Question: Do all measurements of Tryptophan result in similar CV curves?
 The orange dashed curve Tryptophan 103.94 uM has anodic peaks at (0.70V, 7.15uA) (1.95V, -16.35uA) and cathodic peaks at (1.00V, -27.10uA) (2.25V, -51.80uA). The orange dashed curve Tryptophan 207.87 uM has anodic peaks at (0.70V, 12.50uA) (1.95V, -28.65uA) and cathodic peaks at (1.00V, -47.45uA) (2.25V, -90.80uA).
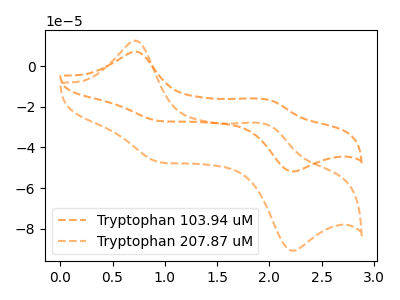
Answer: <think>All the peaks in "Tryptophan 103.94 uM" have a peak in "Tryptophan 207.87 uM" at the same potential.
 </think>
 <answer>All the CV's of "Tryptophan" have similar shape.</answer>
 <eval>follow_rule</eval>